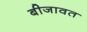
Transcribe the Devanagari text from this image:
बीजावत